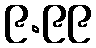
၉.၉၉